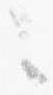
々